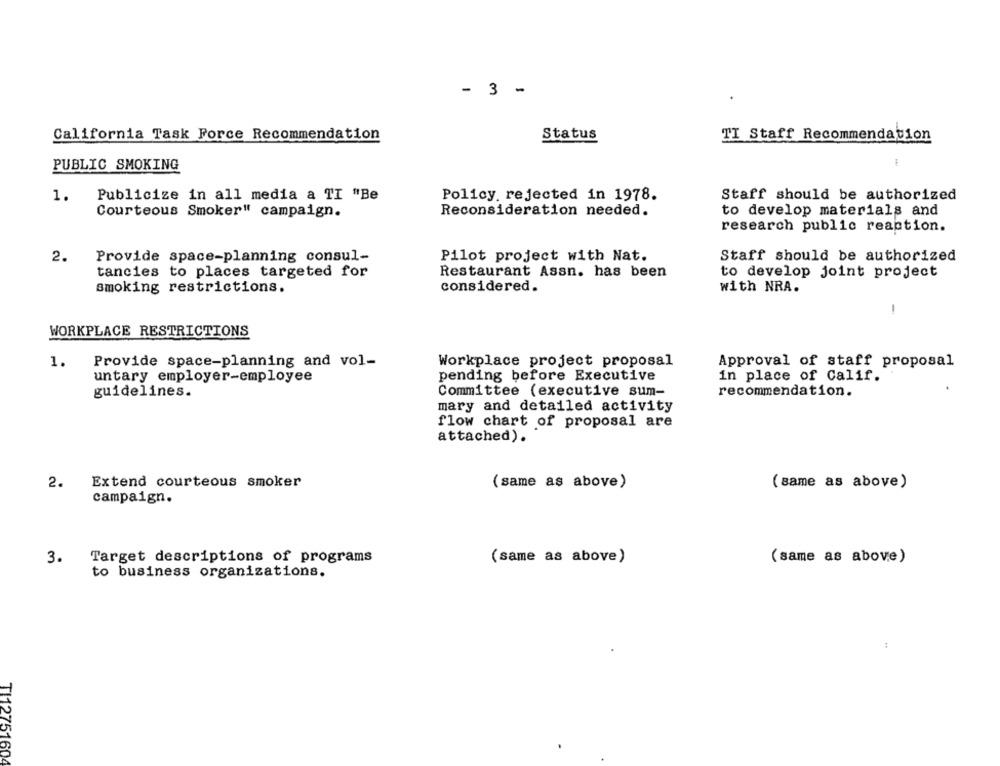
- 3 -
California Task Force Recommendation
Status
TI Staff Recommendation
PUBLIC SMOKING
1.
Publicize in all media a TI "Be
Policy rejected in 1978.
Staff should be authorized
Courteous Smoker" campaign.
Reconsideration needed.
to develop materials and
research public reaction.
2.
Provide space-planning consul-
Pilot project with Nat.
Staff should be authorized
tancies to places targeted for
Restaurant Assn. has been
to develop joint project
smoking restrictions.
considered.
with NRA.
WORKPLACE RESTRICTIONS
1.
Provide space-planning and vol-
Workplace project proposal
Approval of staff proposal
untary employer-employee
pending before Executive
in place of Calif.
guidelines.
Committee (executive sum-
recommendation.
mary and detailed activity
flow chart of proposal are
attached).
2.
Extend courteous smoker
(same as above)
(same as above)
campaign.
Target descriptions of programs
(same as above)
(same as above)
3.
to business organizations.
:
TI12751604